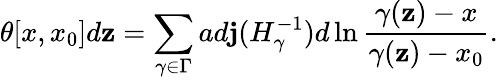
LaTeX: \theta[x,x_{0}]d\mathbf{z}=\sum_{\gamma\in\Gamma}ad\mathbf{j}(H_{\gamma}^{-1})d\ln\frac{{\gamma(\mathbf{z})-x}}{{\gamma(\mathbf{z})-x_{0}}}.